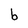
Character: b